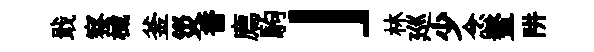
戢察械釜災香廌駒」林廵少念鳌阱